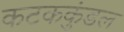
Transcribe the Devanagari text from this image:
कटककुंडल